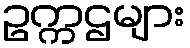
ဥက္ကဌများ